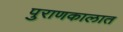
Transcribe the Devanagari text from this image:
पुराणकालात